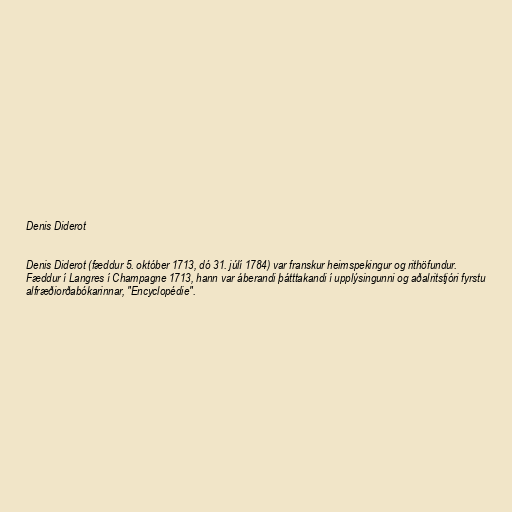
Denis Diderot

Denis Diderot (fæddur 5. október 1713, dó 31. júlí 1784) var franskur heimspekingur og rithöfundur.
Fæddur í Langres í Champagne 1713, hann var áberandi þátttakandi í upplýsingunni og aðalritstjóri fyrstu
alfræðiorðabókarinnar, "Encyclopédie".